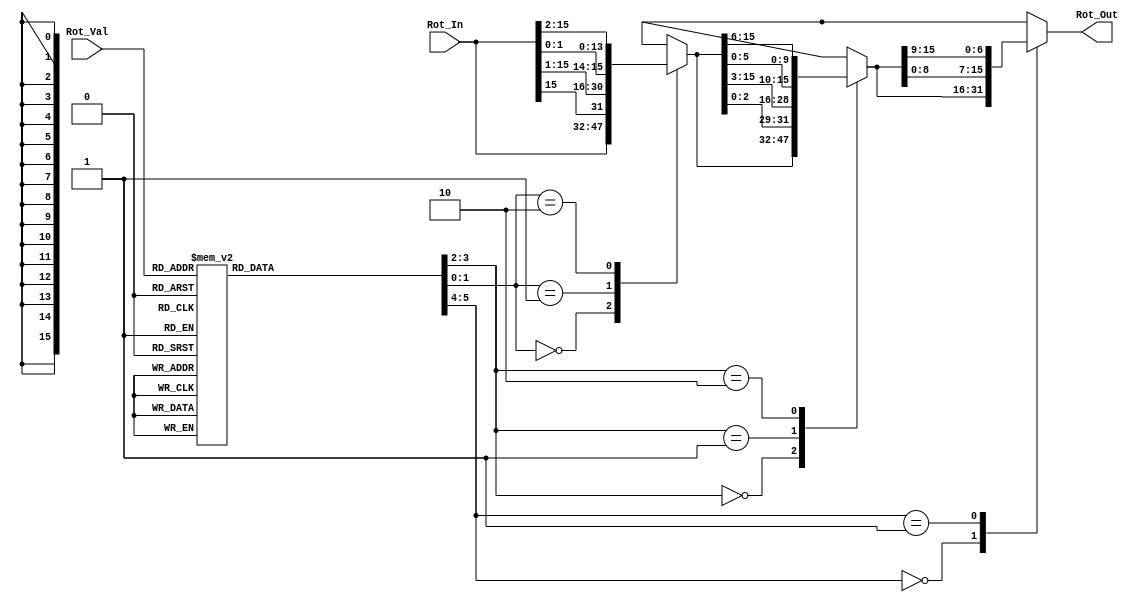
module ROR (Rot_Out, Rot_In, Rot_Val);
input [15:0] Rot_In; // This is the input data to perform rot operation on
input [3:0] Rot_Val; // Rot amount (used to shift the input data)
output reg [15:0] Rot_Out; // Roted output data

reg [5:0] amt;
reg [15:0] out_int, out_int2;

always @(*) begin 

	case(Rot_Val)
		4'h0	: amt = 6'b000000;
		4'h1	: amt = 6'b000001;
		4'h2	: amt = 6'b000010;
		4'h3	: amt = 6'b000100;
		4'h4	: amt = 6'b000101;
		4'h5	: amt = 6'b000110;
		4'h6	: amt = 6'b001000;
		4'h7	: amt = 6'b001001;
		4'h8	: amt = 6'b001010;
		4'h9	: amt = 6'b010000;
		4'hA	: amt = 6'b010001;
		4'hB	: amt = 6'b010010;
		4'hC	: amt = 6'b010100;
		4'hD	: amt = 6'b010101;
		4'hE	: amt = 6'b010110;
		4'hF	: amt = 6'b011000;
		default : amt = 6'hxx;
	endcase
	
	case(amt[1:0])
		2'b00	: out_int = Rot_In;
		2'b01	: out_int = {Rot_In[15],Rot_In[15:1]};
		2'b10	: out_int = {Rot_In[1:0],Rot_In[15:2]};
		default	: out_int = 16'hxxxx;
	endcase
	
	case(amt[3:2])
		2'b00	: out_int2 = out_int;
		2'b01	: out_int2 = {out_int[2:0],out_int[15:3]};
		2'b10	: out_int2 = {out_int[5:0],out_int[15:6]};
		default	: out_int2 = 16'hxxxx;
	endcase
	
	case(amt[5:4])
		2'b00	: Rot_Out = out_int2;
		2'b01	: Rot_Out = {out_int2[8:0],out_int2[15:9]};
		default	: Rot_Out = 16'hxxxx;
	endcase
end 
endmodule